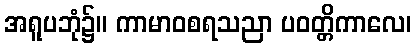
အရူပဘုံ၌။ ကာမာဝစရသညာ ပဝတ္တိကာလေ၊